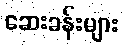
ဆေးခန်းများ